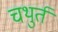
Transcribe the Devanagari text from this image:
चथुर्त